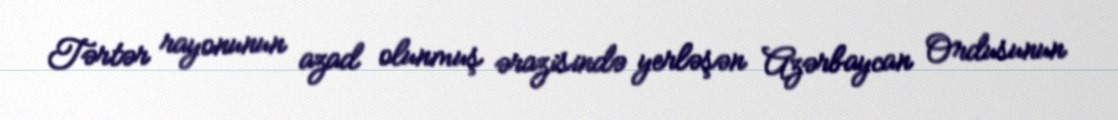
Tərtər rayonunun azad olunmuş ərazisində yerləşən Azərbaycan Ordusunun